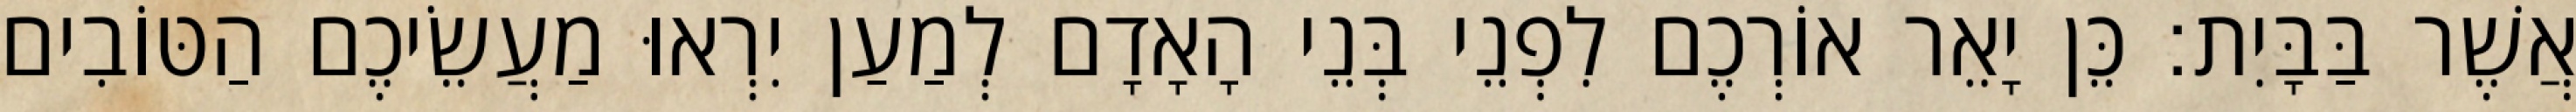
אֲשֶׁר בַּבָּיִת׃ כֵּן יָאֵר אוֹרְכֶם לִפְנֵי בְּנֵי הָאָדָם לְמַעַן יִרְאוּ מַעֲשֵׂיכֶם הַטּוֹבִים